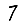
Digit: 7